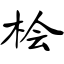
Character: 桧